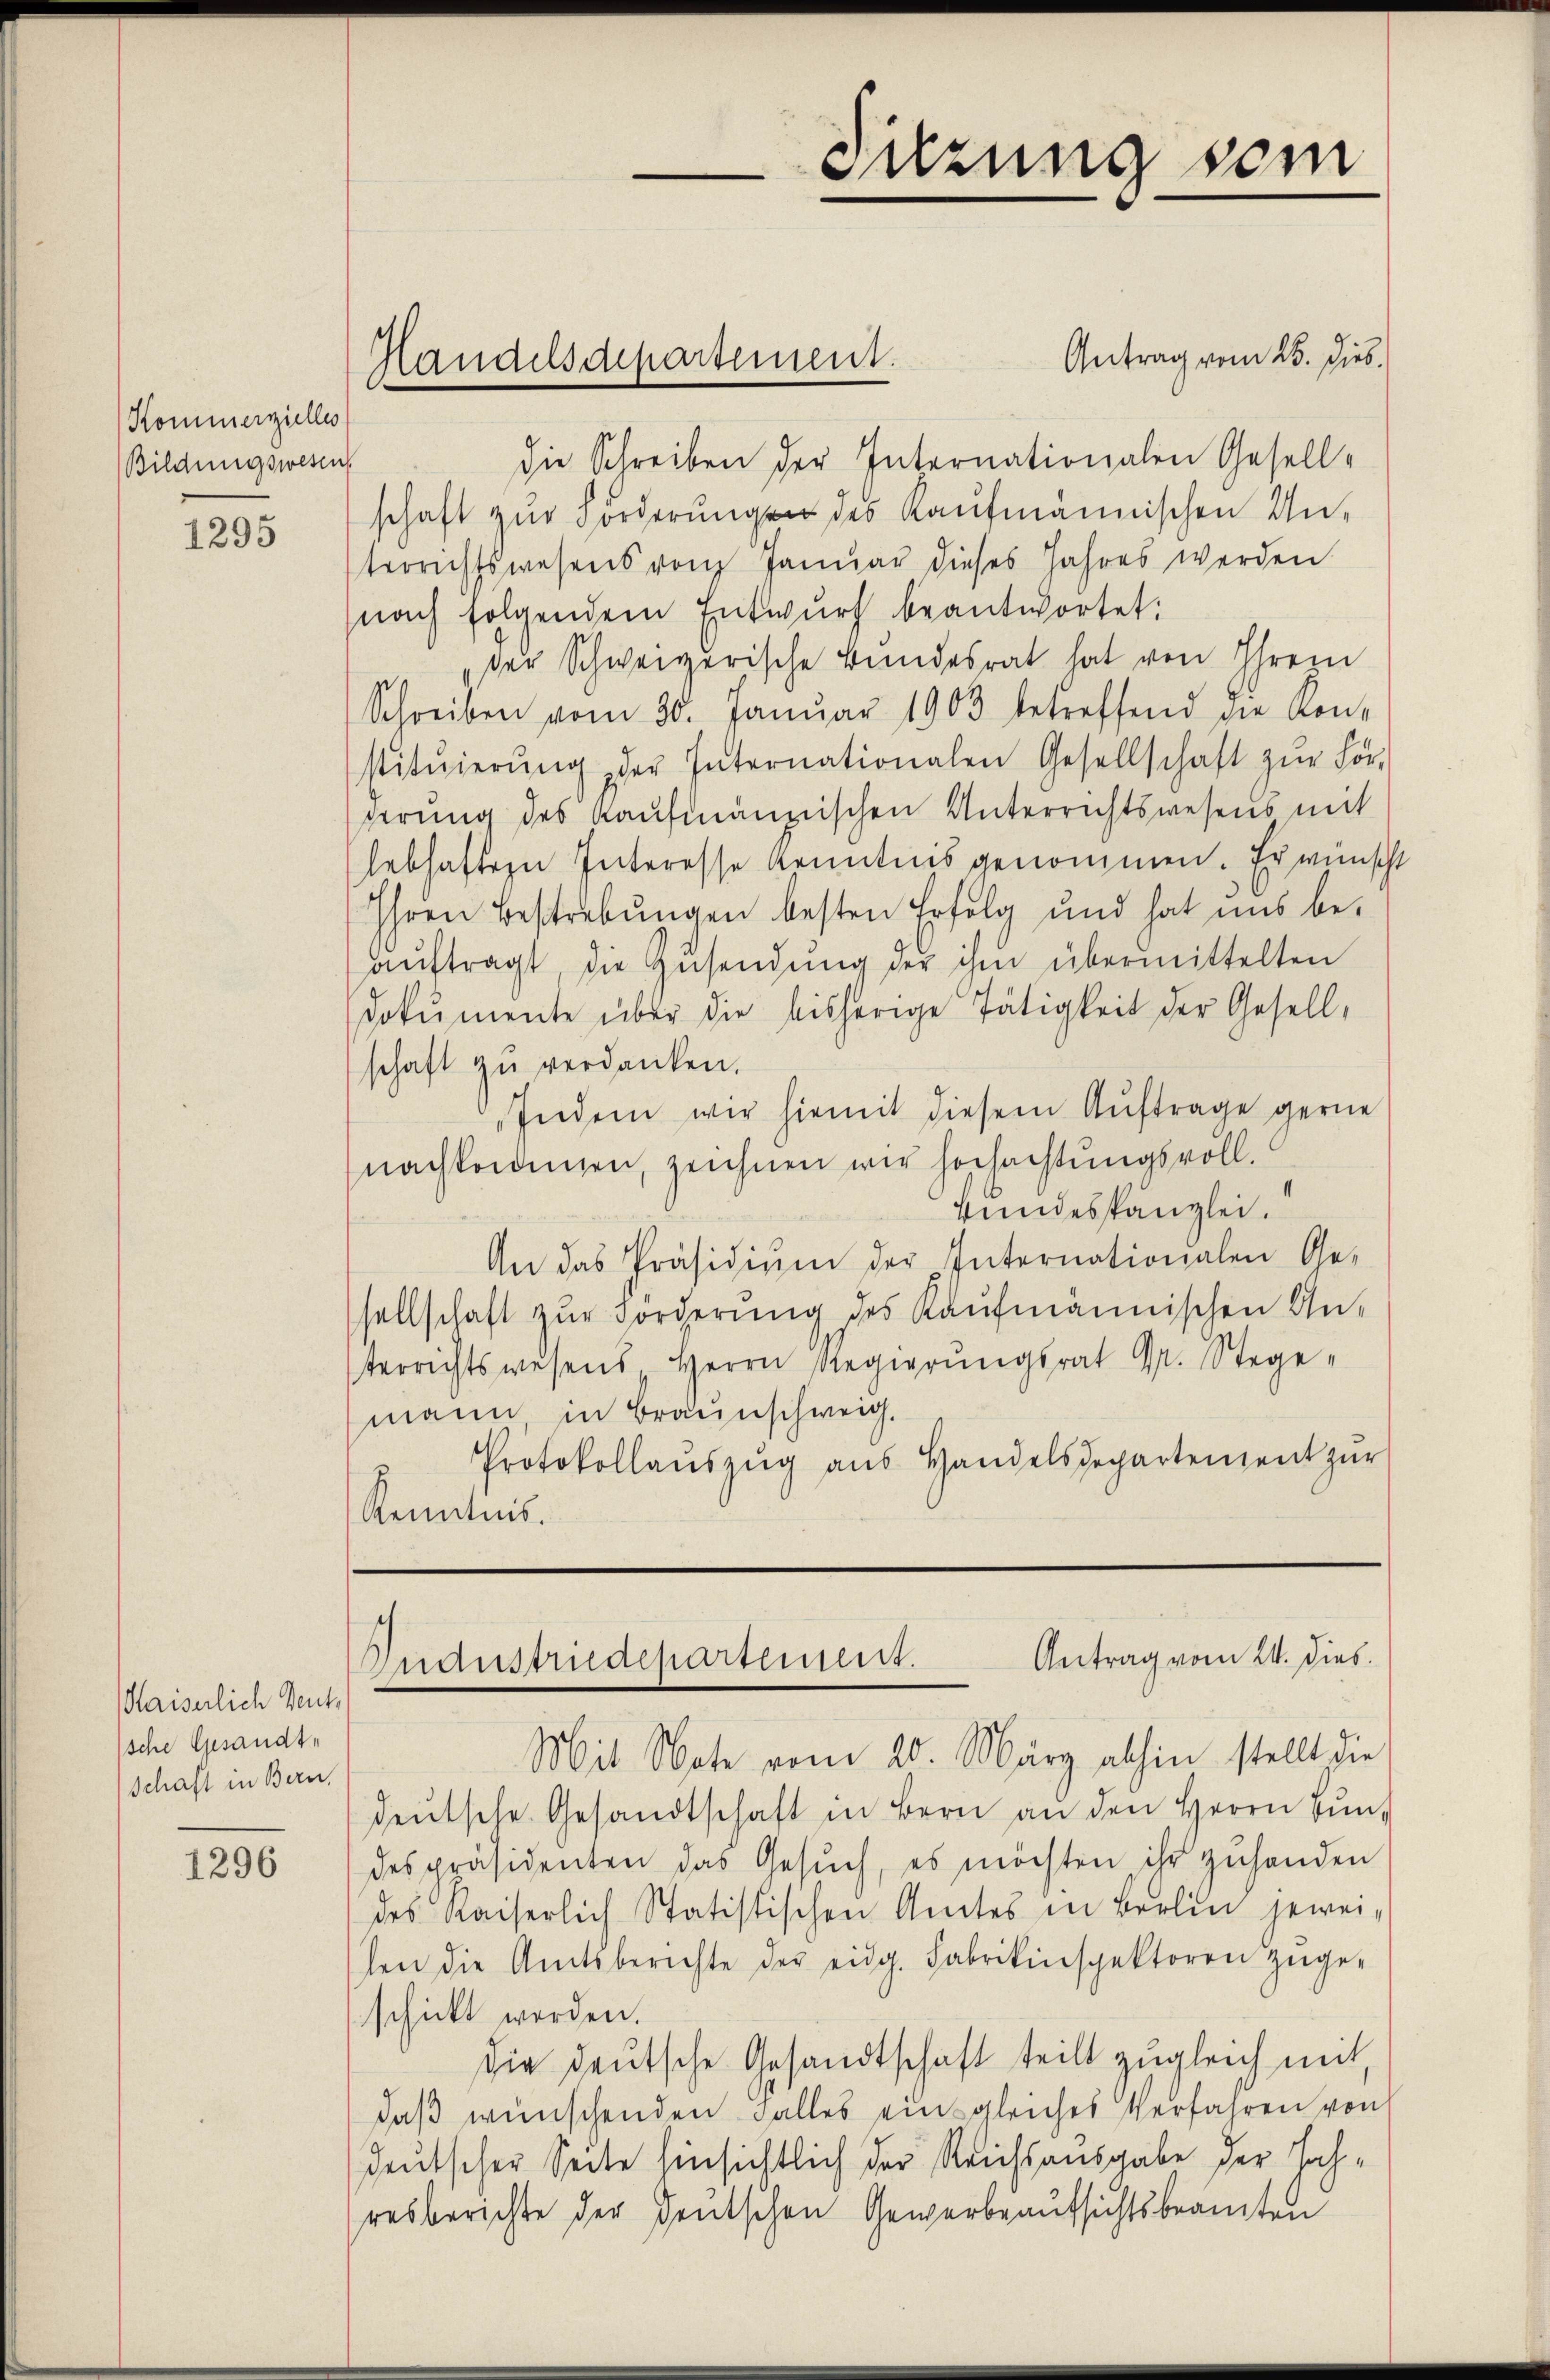
(Kommerzielles
Bildungswesen

1295

Kaiserlich Deuts
sche Gesandt,
schaft in Bern.

1296

Antrag vom 25. Dieb.
die Schreiben der Internationalen Gesell-
schaft zur Förderung des Kaufmännischen Unterrichtswesens von Januar dieses Jahres werden
nach folgendem Entwŭrf beantwortet:
der Schweizerische Bundesrat hat von Ihrem
Schreiben vom 30. Januar 1903 betreffend die Kon-
stitŭierŭng der Internationalen Gesellschaft zŭr För-
derung des Kaufmännischen Unterrichtswesens mit
lebhaften Interesse Kenntnis genommen. Er wünscht
Ihren Bestrebungen besten Erfolg und hat uns be-
aŭftragt die Zŭsendŭng der ihm übermittelten
Dokumente über die bisherige Tätigkeit der Gesellschaft zu verdanken.
Indem wir hiemit diesem Auftrage gerne
nachkommen, zeichnen wir hochachtungsvoll.
Bundeskanzlei.
An das Präsidium der Internationalen Ge-
sellschaft zur Förderung des Kaufmännischen An-
terrichtswesens Herrn Regierŭngsrat Dr. Stege-
mann in Braunschweig.
Protokollaŭszŭg aŭs Handelsdepartement zur
Kenntnis.

Handelsdepartement.

Sitzung sein

.
Antrag vom 24. dies
distriaepartinen.

Mit Note vom 20. März abhin stellt die
deŭtsche Gesandtschaft in Bern an den Herrn Bŭn
despräsidenten das Gesŭch, es möchten ihr zŭhanden
des Kaiserlich Statistischen Amtes in Berlin jewei-
hen die Amtsberichte der eidg. Fabrikinspektoren zŭge-
schickt werden.
die deutsche Gesandtschaft teilt zugleich mit
daß wünschenden Falles einsgleiches Verfahren von
deutscher Seite hinsichtlich der Reichsausgabe der Jahresberichte der deutschen Gewerbeaufsichtsbeamten